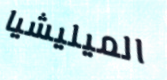
الميليشيا